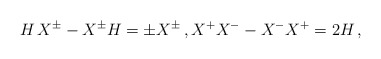
\begin{align*} H \, X^{\pm} - X^{\pm} H = \pm X^{\pm} \,, X^+ X^- - X^- X^+ = 2 H \,,\end{align*}